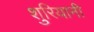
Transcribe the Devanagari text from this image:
शुरियानी